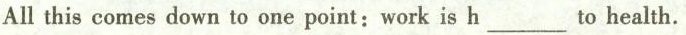
All this comes down to one point:work is h___ to health.